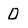
Character: O